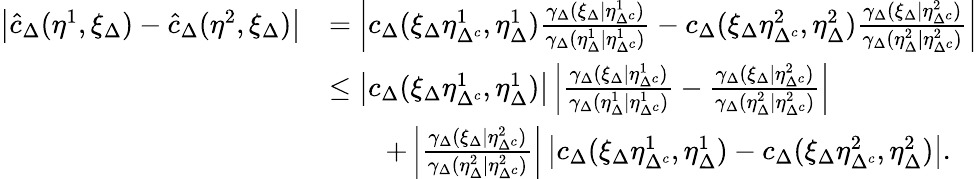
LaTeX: \begin{array}{rl}{\left\lvert\hat{c}_{\Delta}(\eta^{1},\xi_{\Delta})-\hat{c}_{\Delta}(\eta^{2},\xi_{\Delta})\right\rvert}&{=\left\lvert c_{\Delta}(\xi_{\Delta}\eta_{\Delta^{c}}^{1},\eta_{\Delta}^{1})\frac{\gamma_{\Delta}(\xi_{\Delta}\lvert\eta_{\Delta^{c}}^{1})}{\gamma_{\Delta}(\eta_{\Delta}^{1}\lvert\eta_{\Delta^{c}}^{1})}-c_{\Delta}(\xi_{\Delta}\eta_{\Delta^{c}}^{2},\eta_{\Delta}^{2})\frac{\gamma_{\Delta}(\xi_{\Delta}\lvert\eta_{\Delta^{c}}^{2})}{\gamma_{\Delta}(\eta_{\Delta}^{2}\lvert\eta_{\Delta^{c}}^{2})}\right\rvert}\\ {\ }&{\leq\left\lvert c_{\Delta}(\xi_{\Delta}\eta_{\Delta^{c}}^{1},\eta_{\Delta}^{1})\right\rvert\left\lvert\frac{\gamma_{\Delta}(\xi_{\Delta}\lvert\eta_{\Delta^{c}}^{1})}{\gamma_{\Delta}(\eta_{\Delta}^{1}\lvert\eta_{\Delta^{c}}^{1})}-\frac{\gamma_{\Delta}(\xi_{\Delta}\lvert\eta_{\Delta^{c}}^{2})}{\gamma_{\Delta}(\eta_{\Delta}^{2}\lvert\eta_{\Delta^{c}}^{2})}\right\rvert}\\ {\ }&{\qquad+\left\lvert\frac{\gamma_{\Delta}(\xi_{\Delta}\lvert\eta_{\Delta^{c}}^{2})}{\gamma_{\Delta}(\eta_{\Delta}^{2}\lvert\eta_{\Delta^{c}}^{2})}\right\rvert\left\lvert c_{\Delta}(\xi_{\Delta}\eta_{\Delta^{c}}^{1},\eta_{\Delta}^{1})-c_{\Delta}(\xi_{\Delta}\eta_{\Delta^{c}}^{2},\eta_{\Delta}^{2})\right\rvert.}\end{array}